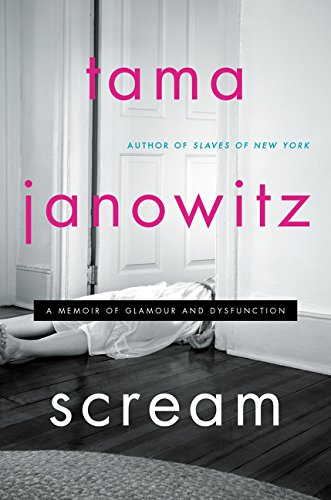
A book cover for Scream: A Memoir of Glamour and Dysfunction; Tama Janowitz; Parenting & Relationships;